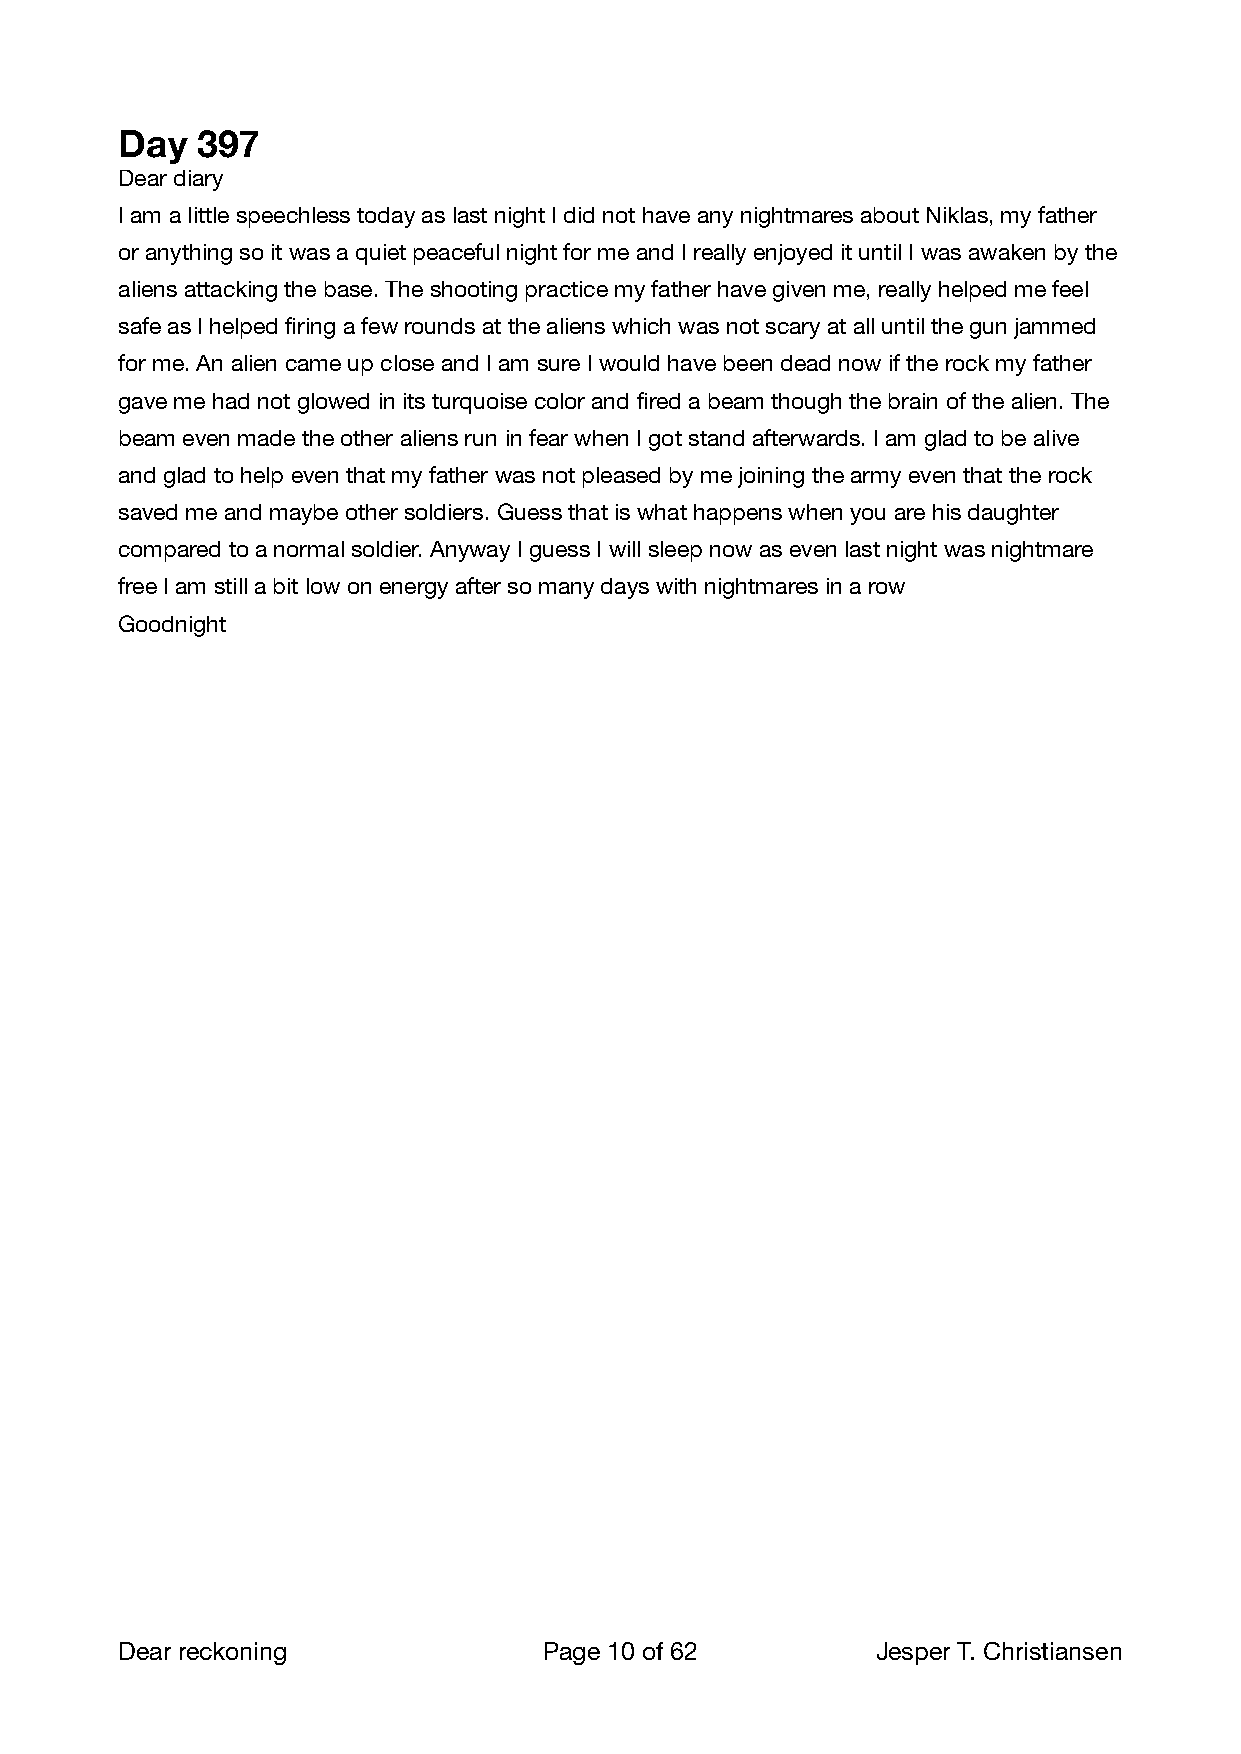
Day  397
 Dear diary
 I am a little speechless today as last night I did not have any nightmares about Niklas, my father
 or anything so it was a quiet peaceful night for me and I really enjoyed it until I was awaken by the
 aliens attacking the base. The shooting practice my father have given me, really helped me feel
 safe as I helped firing a few rounds at the aliens which was not scary at all until the gun jammed
 for me. An alien came up close and I am sure I would have been dead now if the rock my father
 gave me had not glowed in its turquoise color and fired a beam though the brain of the alien. The
 beam even made the other aliens run in fear when I got stand afterwards. I am glad to be alive
 and glad to help even that my father was not pleased by me joining the army even that the rock
 saved me and maybe other soldiers. Guess that is what happens when you are his daughter
 compared to a normal soldier. Anyway I guess I will sleep now as even last night was nightmare
 free I am still a bit low on energy after so many days with nightmares in a row
 Goodnight
 Dear reckoning              Page 10 of 62        Jesper T. Christiansen